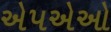
એપએઓ